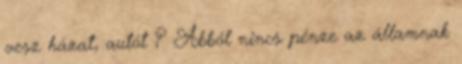
vesz házat, autót ? Abból nincs pénze az államnak